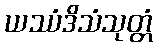
ယဿံဒိသံသုတ္တံ